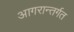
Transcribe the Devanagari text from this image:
आगरान्तर्गत